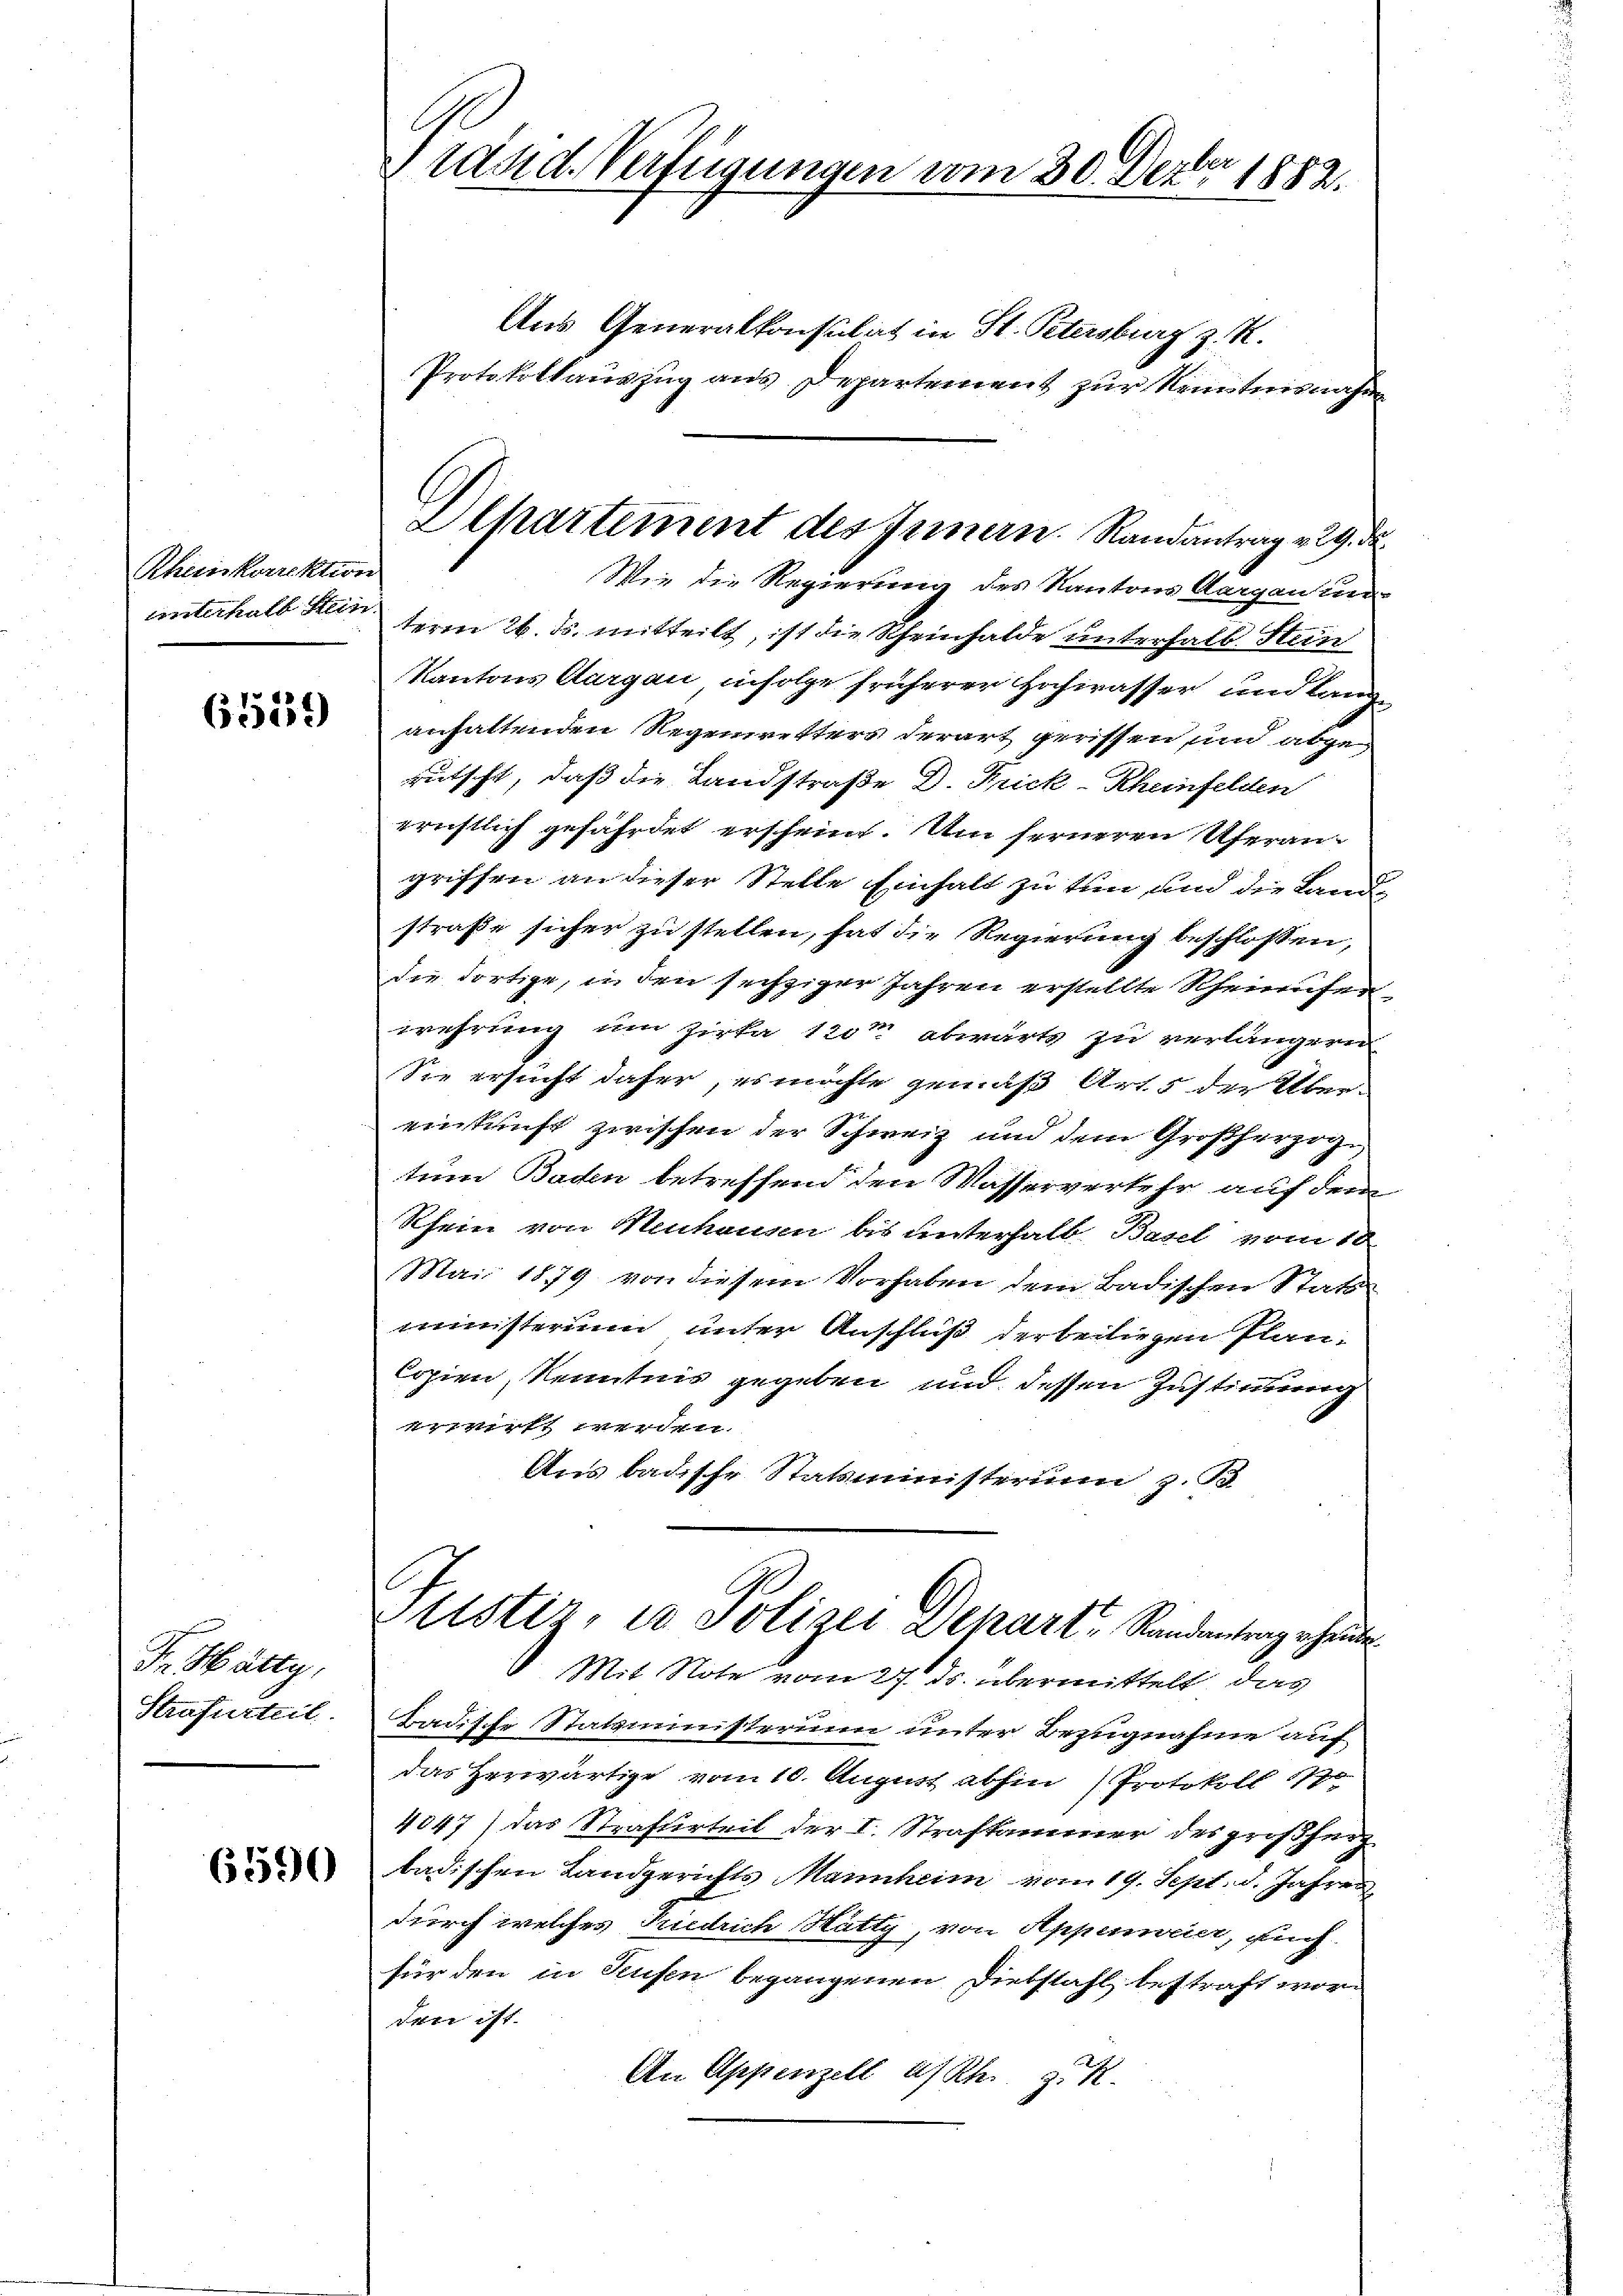
Rheriskorrektion
unterhalb Stein

6539)

Dr. Matty,
Strafurteil.

65590

land. Verfügungen vom 30. Dezbr. 1882.

5
Wie die Regierung des Kantons Aargau un
term 26. ds. mitteilt, ist die Rheinhalde unterhalb Stun
Kantons Aargau infolge früherer Hochwasser und lang
anhaltenden Regenwetters derart gerissen und abge-
rutscht, daß die Landstraße D. Frick -Rheinfelden
erichtlich gefährdet erscheint. Um ferneren Uferangriffen an dieser Stelle Einhalt zu tun und die Land-
straße sicher zu stellen, hat die Regierung beschlossen,
die dortige, in den sechziger Jahren erstellte Rheinufer
F
wehrung um Zirka 120 abwärts zu verlängern
Sie ersucht daher, es möchte gemäß Art. 5 der Über-
einkunft zwischen der Schweiz und dem Großherzoge
tum Baden betreffend den Wasserverkehr auf dem
Rhein von Neukanen bis unterhalb. Basel vom 10.
Mai 1879 von diesem Vorhaben dem Badischen Statt
ministerim unter Anschluß der beiliegen Plan¬
Copien, Kenntnis gegeben und dessen Zustimmung
erwirkt werden.
Aus badische Statsministerum z. B.
Tustiz, in Polizei Departe Sandentenz ehren
Mit Note vom 27. ds. übermittelt, das
Badische Stataministerim unter Bezugnahme auf
das Herwärtige vom 10. August abhin (Protokoll 1770
4047) das Strafurteil der I. Strafkammer des großherz
badischen Landgerichts Mannheim vom 19. Sept. d. Jahren
durch welches Rietrich Rutty, von Appenmeist, fruch.
für den in Rufen begangenen Diebstahl bestraft wor
den ist.
An Appenzell a/Rh. z. R.

Shartement des Innern Randantrag v. 29. d.

Aus Generalkonsulat in St. Petersburg z. R.
Protokollaŭszŭg aŭs Departement zur Kenntnisnahm